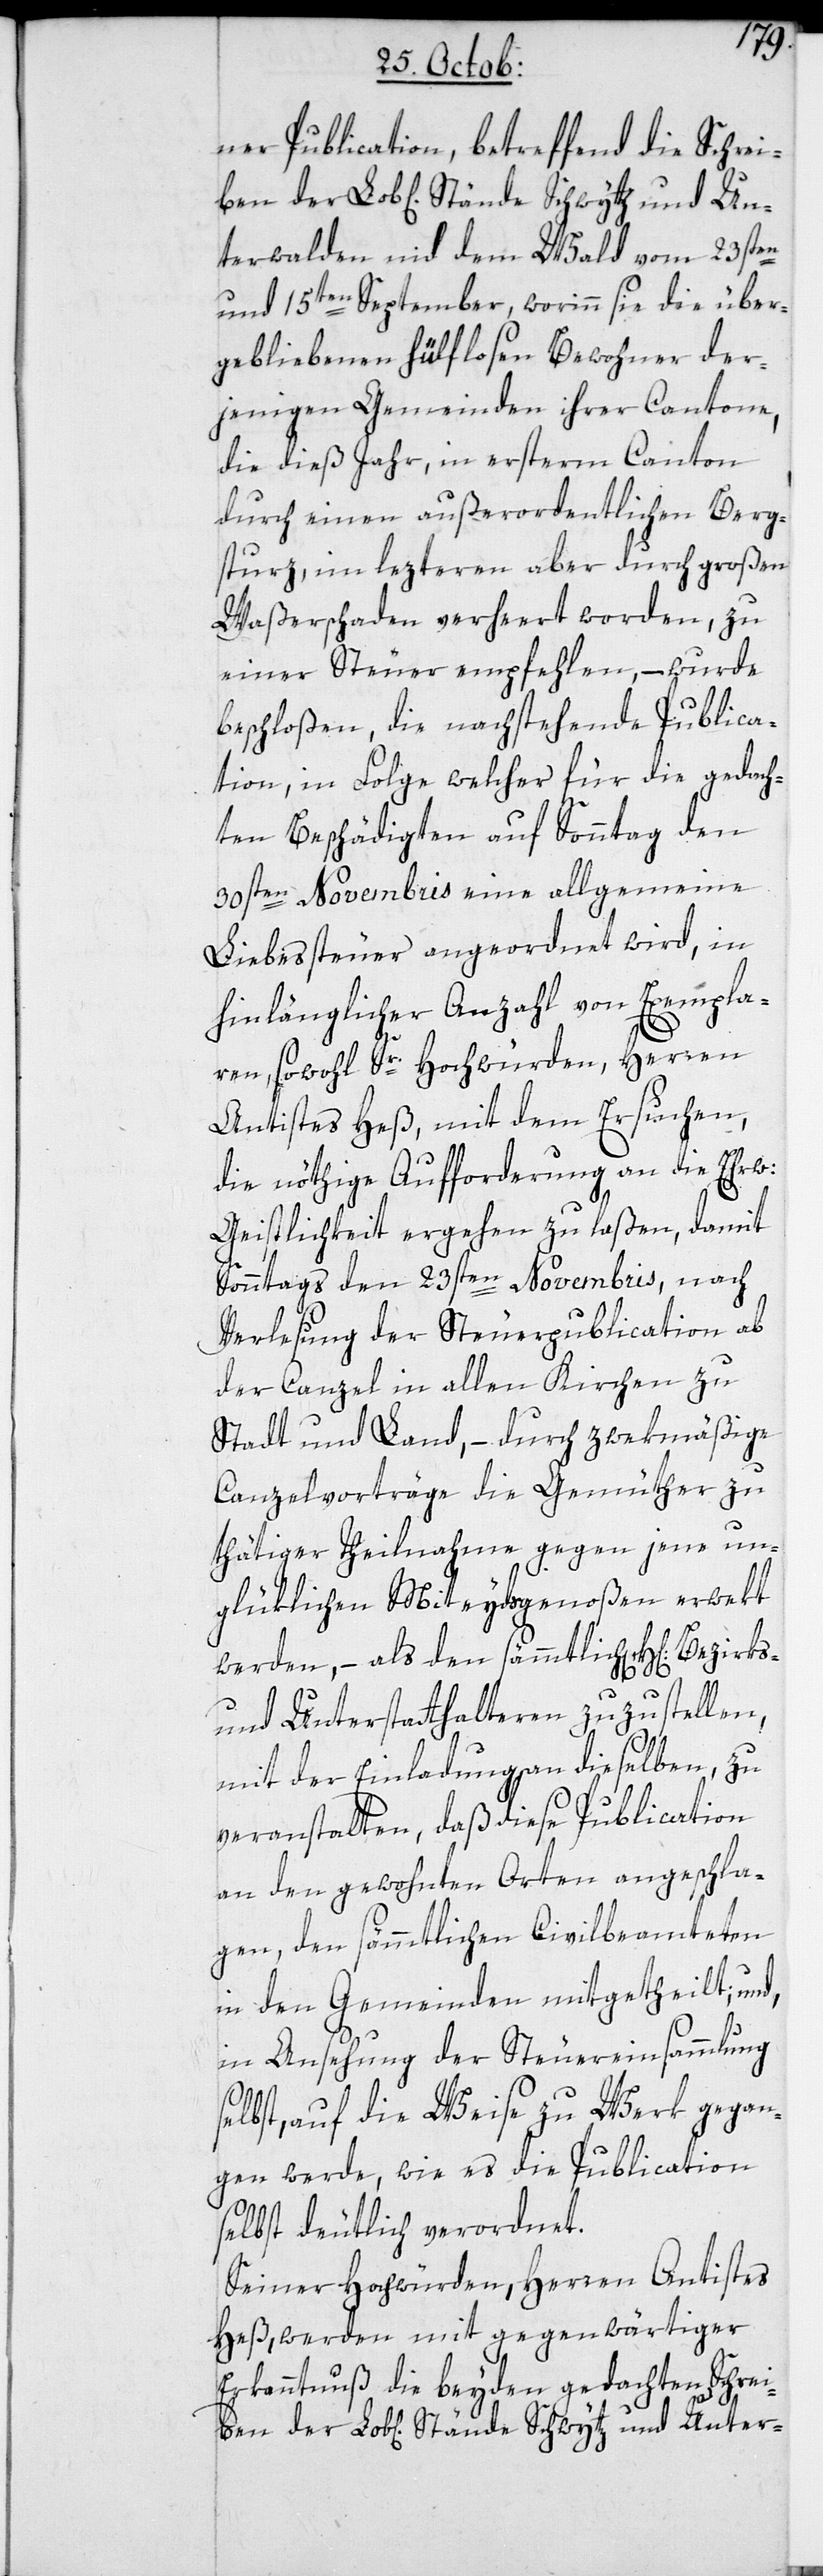
Un¬
ner Publication, betreffend die Schrei¬
terwalden nid dem Wald vom 23sten
und 15ten September, worinn sie die über¬
gebliebenen hülflosen Bewohner der¬
jenigen Gemeinden ihrer Cantone,
die dieß Jahr, in ersterm Canton
durch einen außerordentlichen Berg¬
sturz, im lezteren aber durch großen
Waßerschaden verheert worden, zu
einer Steuer empfehlen, – wurde
beschloßen, die nachstehende Publica¬
tion, in Folge welcher für die gedach¬
ten Beschädigten auf Sonntag den
30sten Novembris eine allgemeine
Liebessteuer angeordnet wird, in
hinlänglicher Anzahl von Exempla¬
ren, sowohl Sr. Hochwürden, Herren
Antistes Heß, mit dem Ersuchen,
die nöthige Aufforderung an die
Geistlichkeit ergehen zu laßen, damit
Sonntags den 23sten Novembris, nach
Verlesung der Steuerpublication ab
der Canzel in allen Kirchen zu
Stadt und Land, – durch zwekmäßige
Canzelvorträge die Gemüther zu
thätiger Theilnahme gegen jene un¬
glüklichen Miteydsgenoßen erwekt
werden, – als den sämmtlichen HH[erren]
und Unterstatthalteren zuzustellen,
mit der Einladung an dieselben, zu
veranstalten, daß diese Publication
an den gewohnten Orten angeschla¬
gen, den sämmtlichen Civilbeamteten
in den Gemeinden mitgetheilt, und
in Ansehung der Steuereinsammlung
selbst, auf die Weise zu Werk gegan¬
gen werde, wie es die Publication
selbst deutlich verordnet.
Seiner Hochwürden Herren Antistes
Heß, werden mit gegenwärtiger
Erkanntnuß die beyden gedachten Schrei¬
ben der Lobl[ichen] Stände Schwytz und Unter-